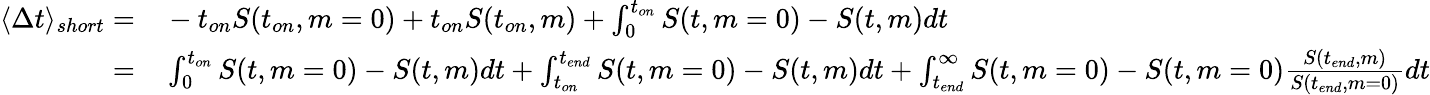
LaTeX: \begin{array}{rl}{\langle\Delta t\rangle_{short}=}&{{}-t_{on}S(t_{on},m=0)+t_{on}S(t_{on},m)+\int_{0}^{t_{on}}S(t,m=0)-S(t,m)dt}\\ {=}&{{}\int_{0}^{t_{on}}S(t,m=0)-S(t,m)dt+\int_{t_{on}}^{t_{end}}S(t,m=0)-S(t,m)dt+\int_{t_{end}}^{\infty}S(t,m=0)-S(t,m=0)\frac{S(t_{end},m)}{S(t_{end},m=0)}dt}\end{array}